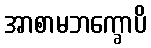
အာစာမဘက္ခောပိ